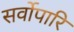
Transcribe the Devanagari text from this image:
सर्वोपारि